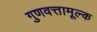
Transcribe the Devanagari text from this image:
गुणवत्तामूल्क